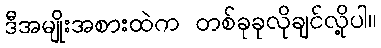
ဒီအမျိုးအစားထဲက တစ်ခုခုလိုချင်လို့ပါ။